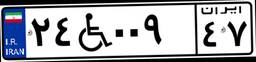
۲۴W۰۰۹۴۷